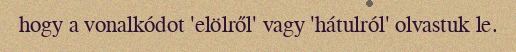
hogy a vonalkódot 'elölről' vagy 'hátulról' olvastuk le.